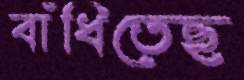
বাঁধিতেছ